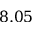
8 . 0 5